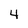
Character: 4